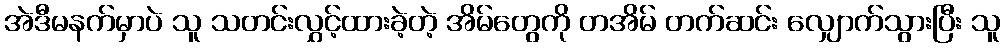
အဲဒီမနက်မှာပဲ သူ သတင်းလွှင့်ထားခဲ့တဲ့ အိမ်တွေကို တအိမ် တက်ဆင်း လျှောက်သွားပြီး သူ